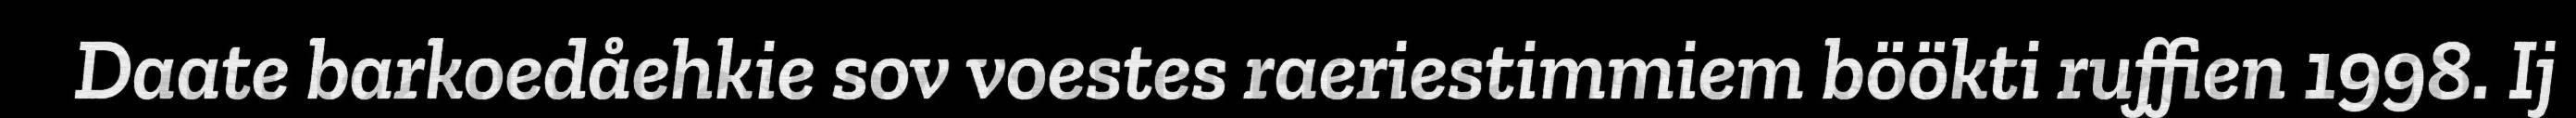
Daate barkoedåehkie sov voestes raeriestimmiem böökti ruffien 1998. Ij